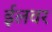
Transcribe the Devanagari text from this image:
ईलवर